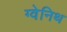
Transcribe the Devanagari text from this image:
ग्वेनिथ